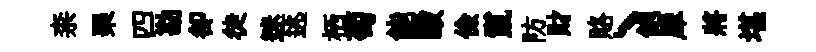
柰琹四勘卻徒迷逃栖萄能毆儉鬣防財賂丶飽犀將堪